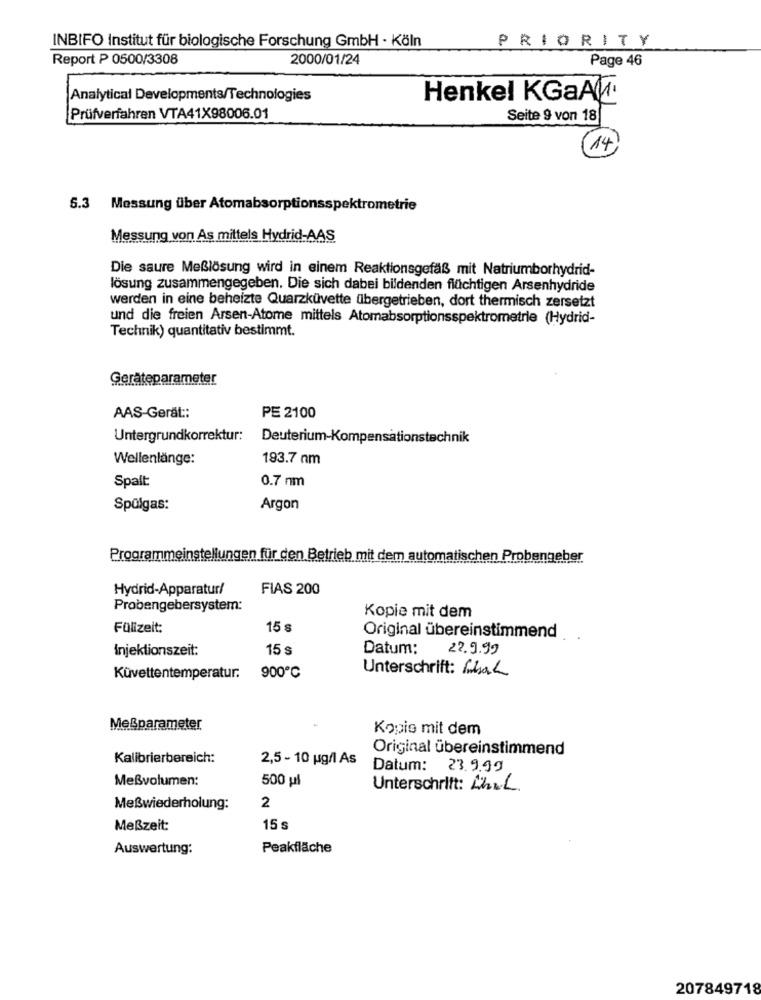
INBIFO Institut für biologische Forschung GmbH - Köln
PRIORITY
Report P 0500/3308
2000/01/24
Page 46
Analytical Developments/Technologies
Henkel KGaAN
Prüfverfahren VTA41X98006.01
Seite 9 von 18
(14)
5.3 Messung über Atomabsorptionsspektrometrie
Messung von As mittels Hydrid-AAS
Die saure Meßlösung wird in einem Reaktionsgefäß mit Natriumborhydrid-
lösung zusammengegeben. Die sich dabei bildenden flüchtigen Arsenhydride
werden in eine beheizte Quarzküvette übergetrieben, dort thermisch zersetzt
und die freien Arsen-Atome mittels Atomabsorptionsspektrometrle (Hydrid-
Technik) quantitativ bestimmt.
Geräteparameter
AAS-Gerät ::
PE 2100
Untergrundkorrektur:
Deuterium-Kompensationstechnik
Wellenlänge:
193.7 nm
0.7 nm
Spalt:
Spülgas:
Argon
Programmeinstellungen für den Betrieb mit dem automatischen Probengeber
Hydrid-Apparatur/
FIAS 200
Probengebersystem:
Kopie mit dem
Fülizeit:
15 s
Original übereinstimmend
Injektionszeit:
15 s
Datum:
22.9.99
900℃
Unterschrift: Shal
Küvettentemperatur.
Meßparameter
Kopis mit dem
Original übereinstimmend
Kalibrierbereich:
2,5 - 10 ug/1 As
Datum: 23.9.99
Meßvolumen:
500 pl
Unterschrift: LhrL
Meßwiederholung:
2
Meßzeit:
15 s
Auswertung:
Peakfläche
207849718